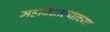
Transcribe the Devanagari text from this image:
महविद्याल्याच्या